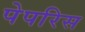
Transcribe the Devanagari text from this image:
पेपरिस